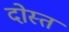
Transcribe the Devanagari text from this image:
दोस्त